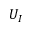
U _ { I }